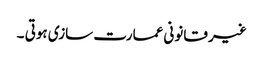
غیر قانونی عمارت سازی ہوتی ۔